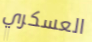
العسكري